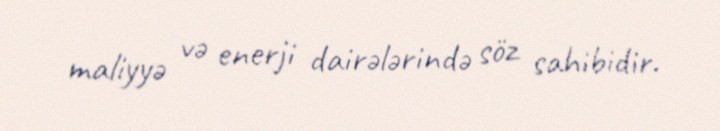
maliyyə və enerji dairələrində söz sahibidir.